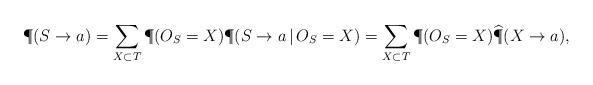
LaTeX: \begin{align*}\P (S \rightarrow a) = \sum_{X \subset T} \P(O_S = X) \P (S \rightarrow a \,|\, O_S = X) = \sum_{X \subset T} \P(O_S = X) {\widehat \P} (X \rightarrow a),\end{align*}